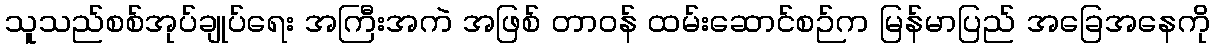
သူသည်စစ်အုပ်ချုပ်ရေး အကြီးအကဲ အဖြစ် တာဝန် ထမ်းဆောင်စဉ်က မြန်မာပြည် အခြေအနေကို